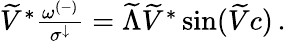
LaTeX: \begin{array}{r}{\widetilde{V}^{*}\frac{\omega^{(-)}}{\sigma^{\downarrow}}=\widetilde{\Lambda}\widetilde{V}^{*}\sin(\widetilde{V}c)\, .}\end{array}